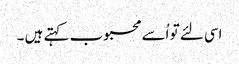
اسی لئے تو اُسے محبوب کہتے ہیں ۔